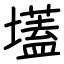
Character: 壒